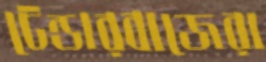
টেন্ডারবাজেরা